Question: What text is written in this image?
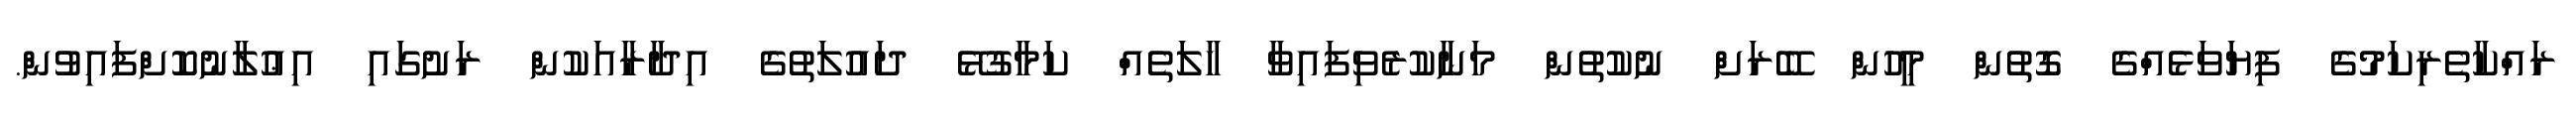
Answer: ރައްކާތެރިކަމުގެ ފިޔަވަޅެއްގެ ގޮތުން މީހުން ބޭރަށް ނުކުތުން މަނާކުރެވިފައިވާ ހާލަތެއް ކަމާގުޅޭ ދައުލަތުގެ އިދާރާއަކުން ރަށުގައި އިޢުލާނުކޮށްފައިވުން.